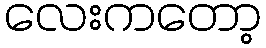
လေးကတော့